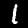
Label: 1